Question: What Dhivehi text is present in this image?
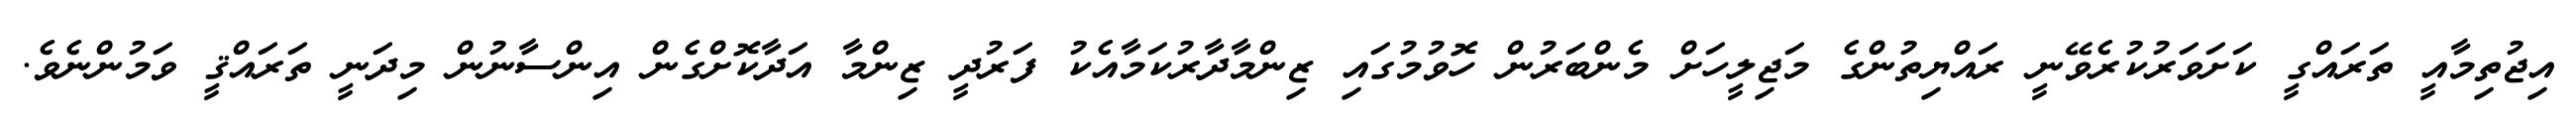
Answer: އިޖުތިމާއީ ތަރައްގީ ކަށަވަރުކުރެވޭނީ ރައްޔިތުންގެ މަޖިލީހަށް މެންބަރުން ހޮވުމުގައި ޒިންމާދާރުކަމާއެކު ފަރުދީ ޒިންމާ އަދާކޮށްގެން އިންސާނުން މިދަނީ ތަރައްޤީ ވަމުންނެވެ.